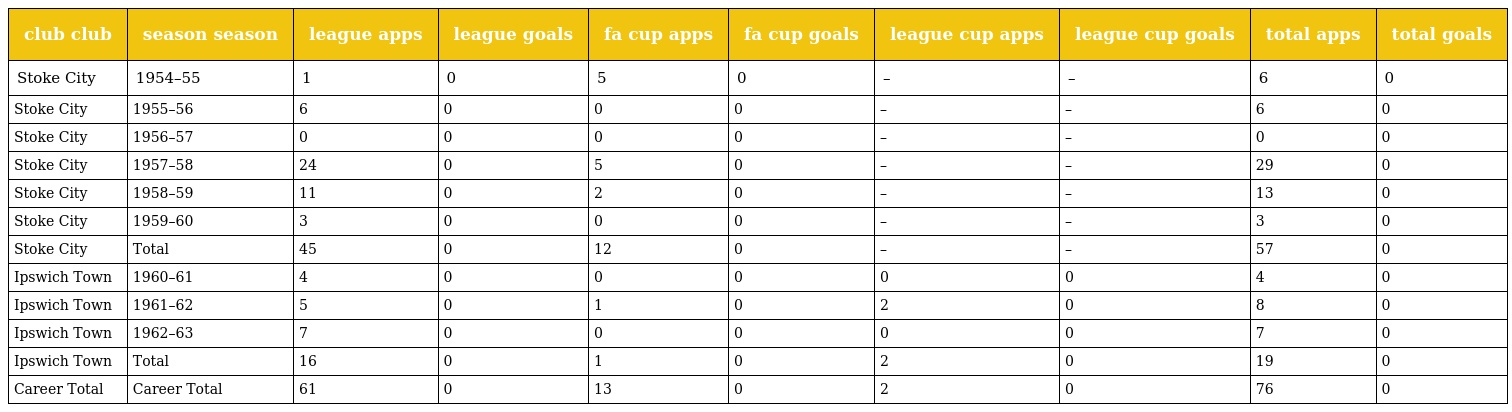
| club club | season season | league apps | league goals | fa cup apps | fa cup goals | league cup apps | league cup goals | total apps | total goals |
 | --- | --- | --- | --- | --- | --- | --- | --- | --- | --- |
 | Stoke City | 1954–55 | 1 | 0 | 5 | 0 | – | – | 6 | 0 |
 | Stoke City | 1955–56 | 6 | 0 | 0 | 0 | – | – | 6 | 0 |
 | Stoke City | 1956–57 | 0 | 0 | 0 | 0 | – | – | 0 | 0 |
 | Stoke City | 1957–58 | 24 | 0 | 5 | 0 | – | – | 29 | 0 |
 | Stoke City | 1958–59 | 11 | 0 | 2 | 0 | – | – | 13 | 0 |
 | Stoke City | 1959–60 | 3 | 0 | 0 | 0 | – | – | 3 | 0 |
 | Stoke City | Total | 45 | 0 | 12 | 0 | – | – | 57 | 0 |
 | Ipswich Town | 1960–61 | 4 | 0 | 0 | 0 | 0 | 0 | 4 | 0 |
 | Ipswich Town | 1961–62 | 5 | 0 | 1 | 0 | 2 | 0 | 8 | 0 |
 | Ipswich Town | 1962–63 | 7 | 0 | 0 | 0 | 0 | 0 | 7 | 0 |
 | Ipswich Town | Total | 16 | 0 | 1 | 0 | 2 | 0 | 19 | 0 |
 | Career Total | Career Total | 61 | 0 | 13 | 0 | 2 | 0 | 76 | 0 |